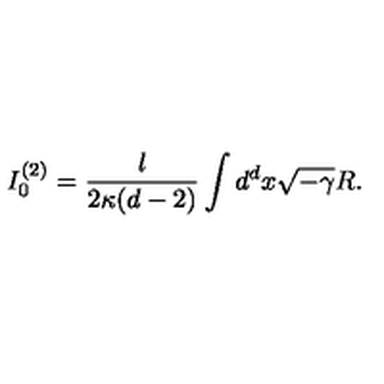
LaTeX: I _ { 0 } ^ { ( 2 ) } = \frac { l } { 2 \kappa ( d - 2 ) } \int d ^ { d } x \sqrt { - \gamma } R .